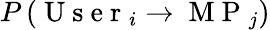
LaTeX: P\left(\mathrm{~U~s~e~r~}_{i}\rightarrow\mathrm{~M~P~}_{j}\right)